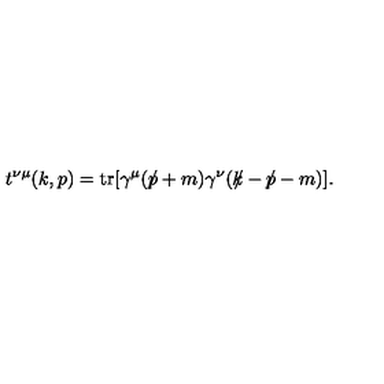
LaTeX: t ^ { \nu \mu } ( k , p ) = \mathrm { t r } [ \gamma ^ { \mu } ( \slash \! \! \! p + m ) \gamma ^ { \nu } ( k \! \! \! \slash - \slash \! \! \! p - m ) ] .